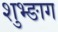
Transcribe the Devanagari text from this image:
शुभ्ङाग